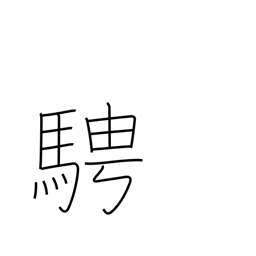
Meaning: as one pleases